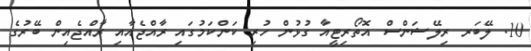
10. ލޭބަރ ރިލޭޝަންސް އޮތޯރިޓީއާ ގުޅުން ހުރި ކަންކަމުގައި ރާއްޖެއާއި ރާއްޖެއިން ބޭރުގެ